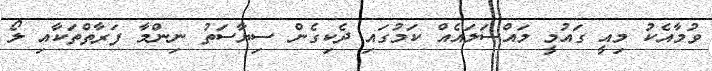
ވުމާއެކު މިއީ ގައުމީ މައްސަލައެއް ކަމުގައި ދެކިގެން ސިޔާސަތު ނިންމާ ފަރާތްތަކާއި ލޯ